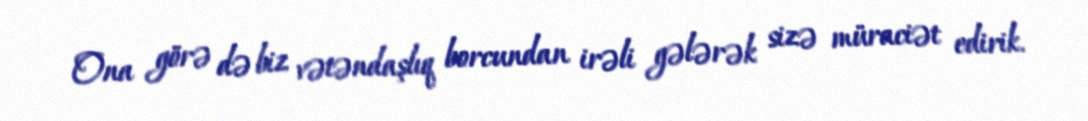
Ona görə də biz vətəndaşlıq borcundan irəli gələrək sizə müraciət edirik.